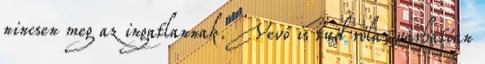
nincsen meg az ingatlannak. Vevő is tud róla, várhatóan